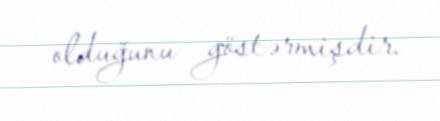
olduğunu göstərmişdir.